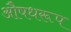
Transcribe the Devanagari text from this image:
औषधरूप